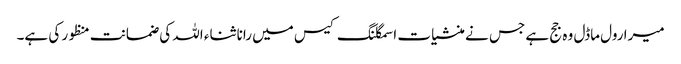
میرا رول ماڈل وہ جج ہے جس نے منشیات اسمگلنگ کیس میں رانا ثناء اللہ کی ضمانت منظور کی ہے۔